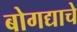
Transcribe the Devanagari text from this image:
बोगद्याचे